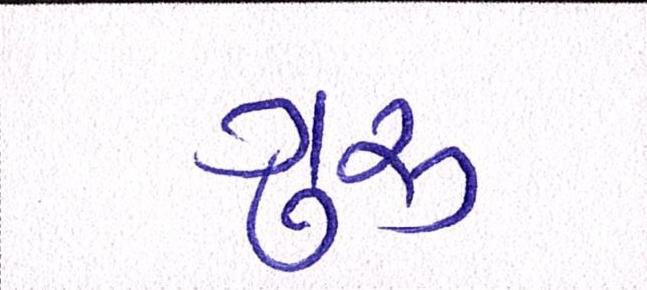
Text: ગુરૃ